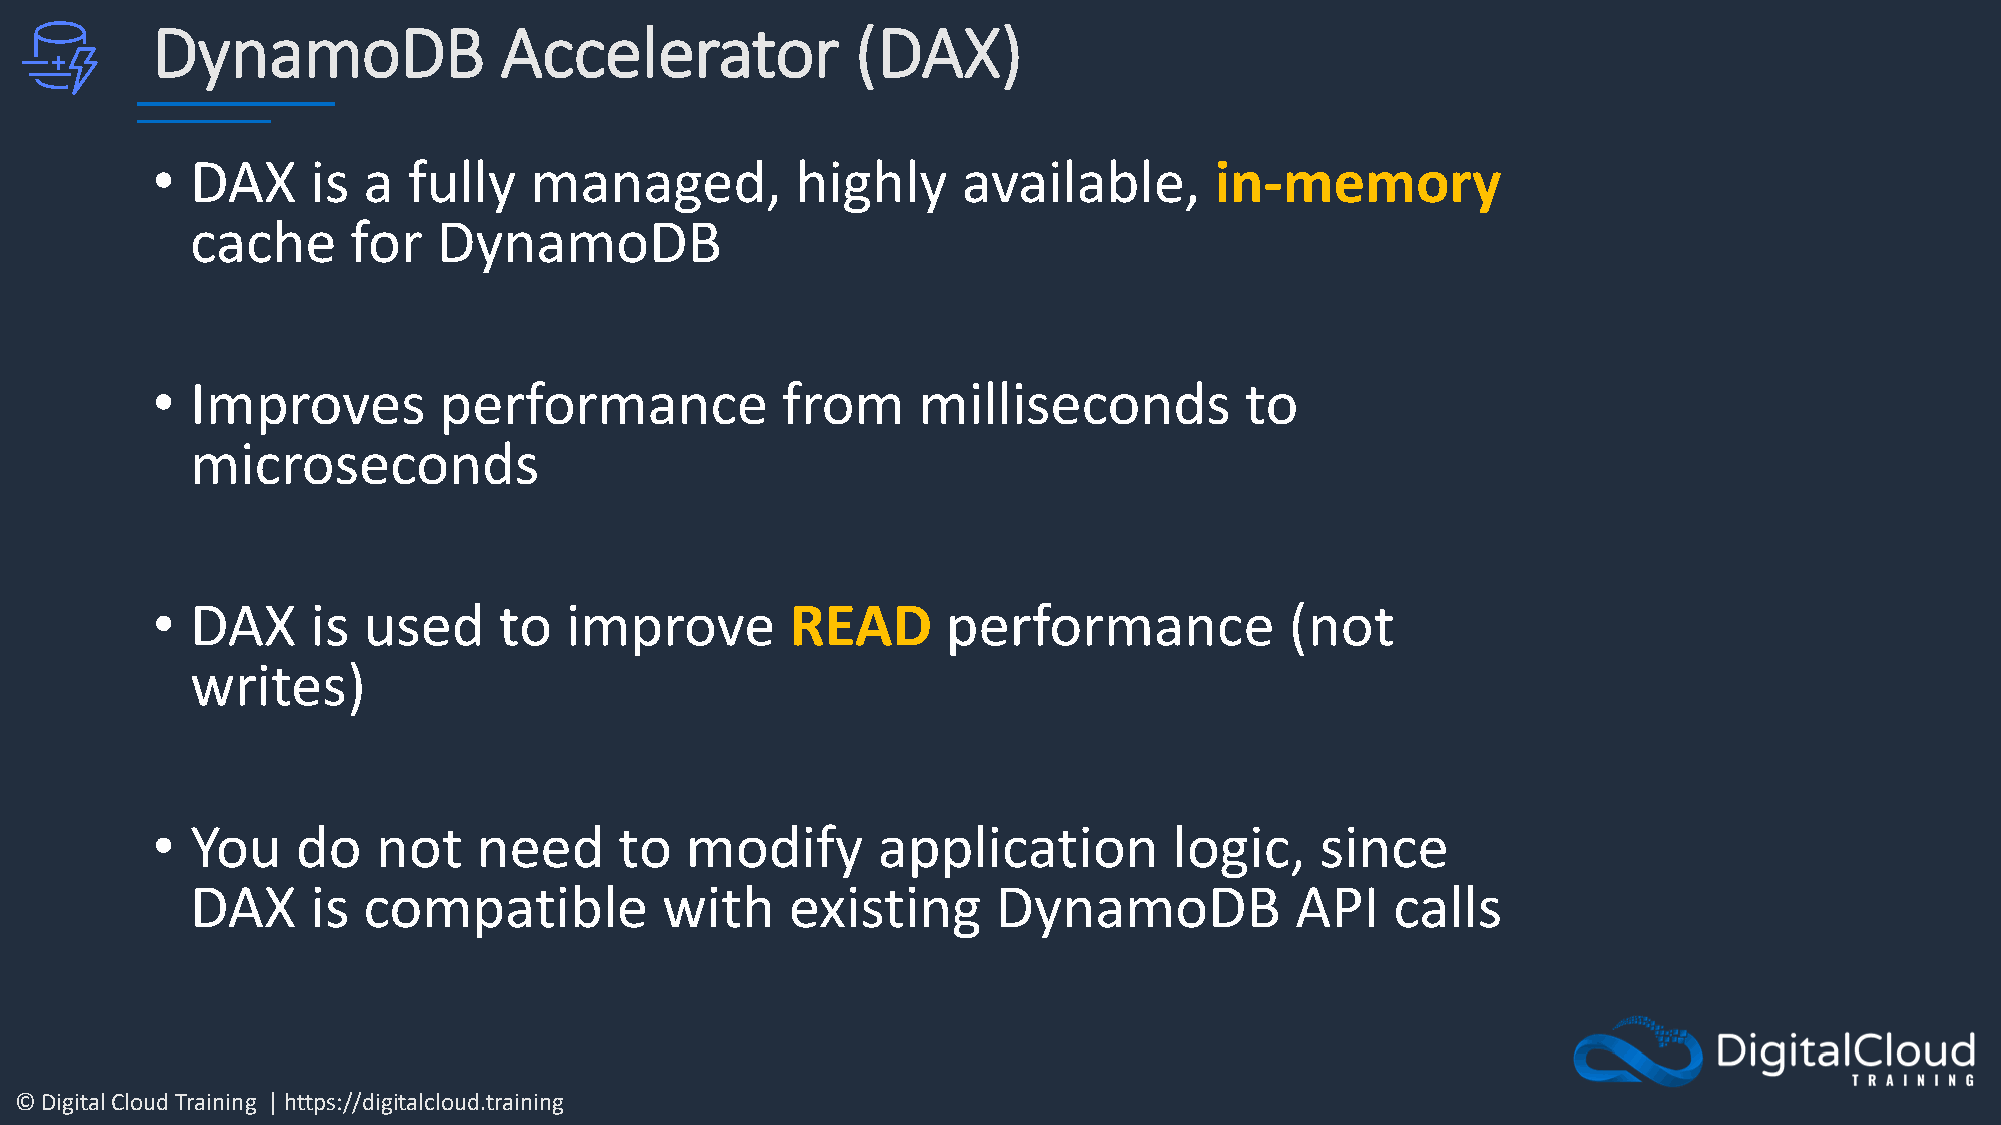
DynamoDB               Accelerator             (DAX)
 •  DAX     is a  fully   managed,          highly     available,      in-memory
 cache     for   DynamoDB
 •  Improves        performance            from     milliseconds         to
 microseconds
 •  DAX     is used     to  improve        READ       performance           (not
 writes)
 •  You    do   not    need     to  modify       application         logic,   since
 DAX     is compatible          with    existing      DynamoDB            API   calls
 © Digital Cloud Training | https://digitalcloud.training